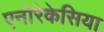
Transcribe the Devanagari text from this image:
एनोरेकेसिया